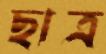
ছাত্র